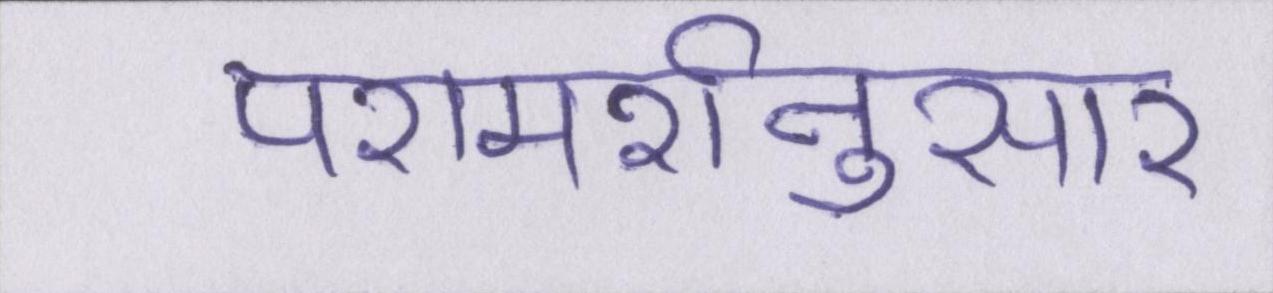
परामर्शनुसार